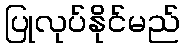
ပြုလုပ်နိုင်မည်